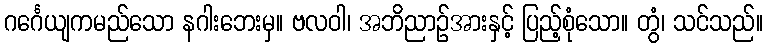
ဂင်္ဂေယျကမည်သော နဂါးဘေးမှ။ ဗလဝါ၊ အဘိညာဉ်အားနှင့် ပြည့်စုံသော။ တွံ၊ သင်သည်။